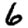
Digit: 6